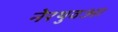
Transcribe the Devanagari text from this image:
नेरथुवआ